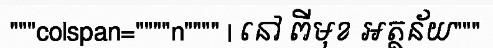
"""colspan=""""n"""" | នៅ ពីមុខ អត្ថន័យ"""